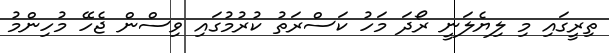
ތިރީގައި މި ލިޔެލަނީ ރޯދަ މަހު ކަސްރަތު ކުރުމުގައި ވިސްން ޖެހޭ މުހިންމު